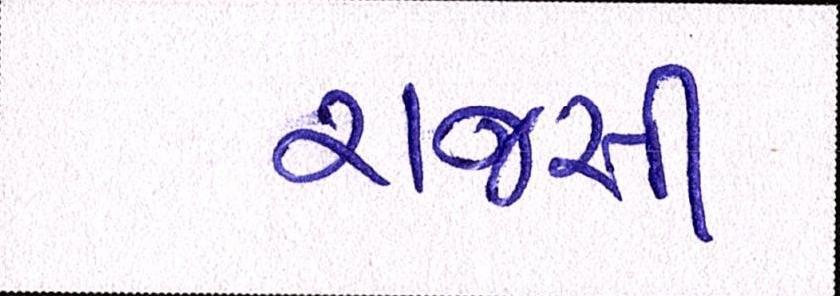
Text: રાજસી